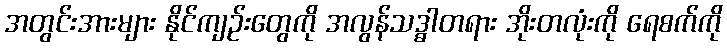
အတွင်းအားများ နိုင်ကျဉ်းတွေကို အလွန်သဒ္ဓါတရား အိုးတလုံးကို ရေစက်ကို